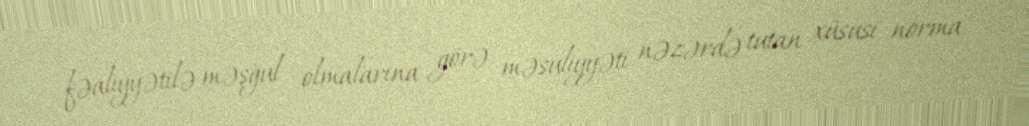
fəaliyyətilə məşğul olmalarına görə, məsuliyyəti nəzərdə tutan xüsusi norma